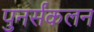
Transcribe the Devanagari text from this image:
पुनर्संकलन